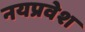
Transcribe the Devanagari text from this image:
नयप्रवेश